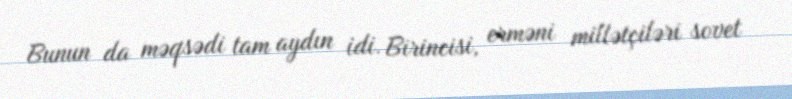
Bunun da məqsədi tam aydın idi. Birincisi, erməni millətçiləri sovet